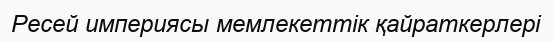
Ресей империясы мемлекеттік қайраткерлері